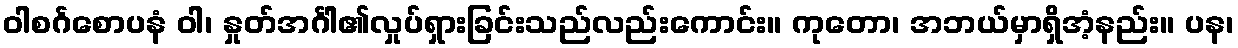
ဝါစင်္ဂစောပနံ ဝါ၊ နှုတ်အင်္ဂါ၏လှုပ်ရှားခြင်းသည်လည်းကောင်း။ ကုတော၊ အဘယ်မှာရှိအံ့နည်း။ ပန၊